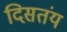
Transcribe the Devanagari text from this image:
दिसतंय